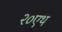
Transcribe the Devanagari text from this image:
२०एथ